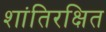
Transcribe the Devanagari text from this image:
शांतिरक्षित